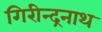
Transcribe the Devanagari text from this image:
गिरीन्द्रनाथ